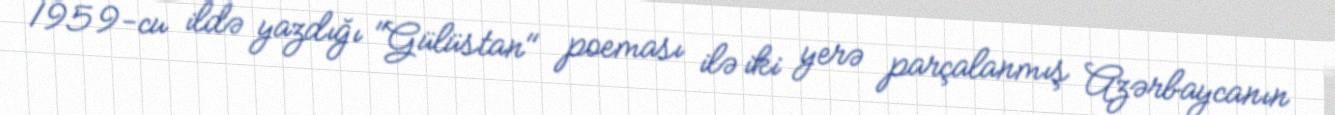
1959-cu ildə yazdığı "Gülüstan" poeması ilə iki yerə parçalanmış Azərbaycanın